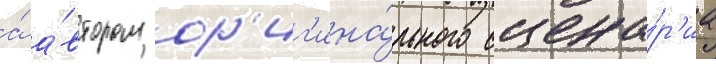
а́ а́втором ор'иг'ина́льного сцена́р'иа